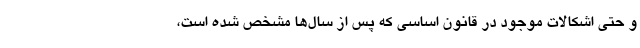
و حتی اشکالات موجود در قانون اساسی که پس از سال‌ها مشخص شده است،